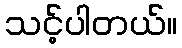
သင့်ပါတယ်။